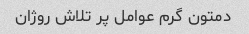
دمتون گرم عوامل پر تلاش روژان